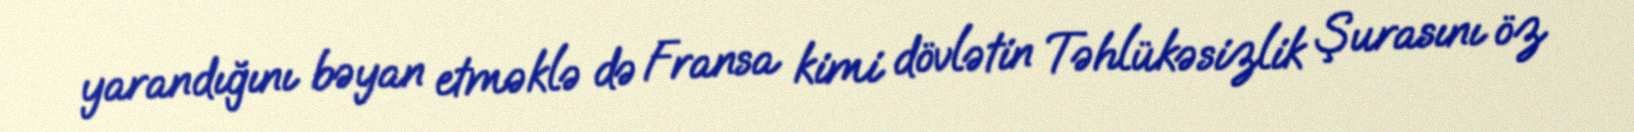
yarandığını bəyan etməklə də Fransa kimi dövlətin Təhlükəsizlik Şurasını öz